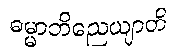
ဓမ္မာဘိညေယျာတိ